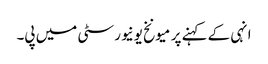
انہی کے کہنے پر میونخ یونیورسٹی میں پی۔